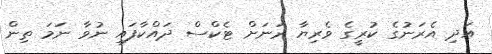
އަދި އެރަނުގެ ކުރީގެ ވެރިޔާ ރަނަށް ޓެކްސް ދައްކާފައި ނުވާ ނަމަ ތިން